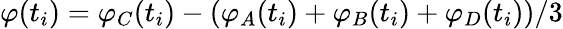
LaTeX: \varphi(t_{i})=\varphi_{C}(t_{i})-\left(\varphi_{A}(t_{i})+\varphi_{B}(t_{i})+\varphi_{D}(t_{i})\right)/3